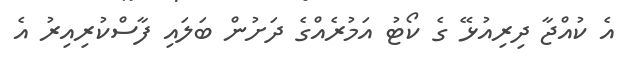
އެ ކުއްޖާ ދިރިއުޅޭ ގެ ކޯޓު އަމުރެއްގެ ދަށުން ބަލައި ފާސްކުރިއިރު އެ